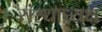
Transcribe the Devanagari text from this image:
संस्थाध्यक्ष